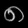
Digit: ၈